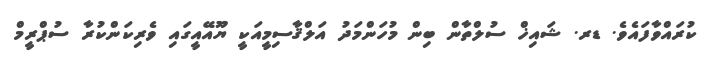
ކުރައްވާފައެވެ. ޑރ. ޝައިޚް ސުލްތާން ބިން މުހަންމަދު އަލްޤާސިމީއަކީ ޔޫއޭއީގައި ވެރިކަންކުރާ ސުޕްރީމް